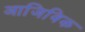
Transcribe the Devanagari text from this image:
आजिविक